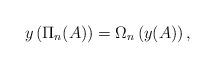
LaTeX: \begin{align*}y\left(\Pi_n(A)\right)=\Omega_n\left(y(A)\right),\end{align*}